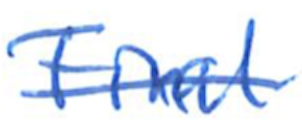
Text: final
Cross-out: mix
Writing tool: ballpoint